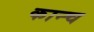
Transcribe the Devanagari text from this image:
कान्च